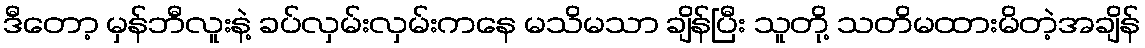
ဒီတော့ မှန်ဘီလူးနဲ့ ခပ်လှမ်းလှမ်းကနေ မသိမသာ ချိန်ပြီး သူတို့ သတိမထားမိတဲ့အချိန်